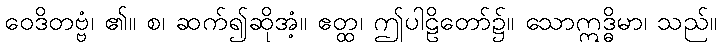
ဝေဒိတဗ္ဗံ၊ ၏။ စ၊ ဆက်၍ဆိုအံ့။ ဧတ္ထ၊ ဤပါဠိတော်၌။ သောဣဒ္ဓိမာ၊ သည်။